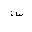
Letter: _sin